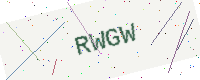
Text: RWGW